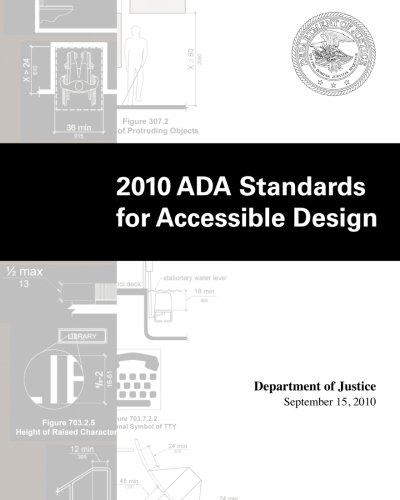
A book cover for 2010 ADA Standards for Accessible Design; Department of Justice; Law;